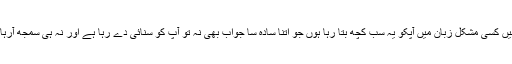
کیا میں کسی مشکل زبان میں آپکو یہ سب کچھ بتا رہا ہوں جو اتنا سادہ سا جواب بھی نہ تو آپ کو سنائی دے رہا ہے اور نہ ہی سمجھ آرہا ہے!